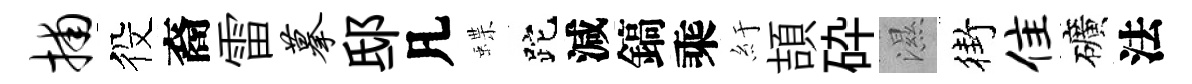
捕役裔雷摹邸凡蝶跎減鎬乘紆頡砕濕街隹礦法